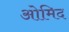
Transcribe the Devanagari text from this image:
ओमिद